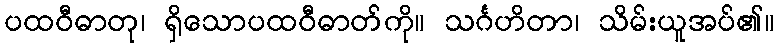
ပထဝီဓာတု၊ ရှိသောပထဝီဓာတ်ကို။ သင်္ဂဟိတာ၊ သိမ်းယူအပ်၏။